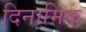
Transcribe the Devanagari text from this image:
दिनामिक